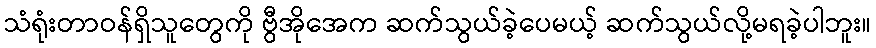
သံရုံးတာဝန်ရှိသူတွေကို ဗွီအိုအေက ဆက်သွယ်ခဲ့ပေမယ့် ဆက်သွယ်လို့မရခဲ့ပါဘူး။